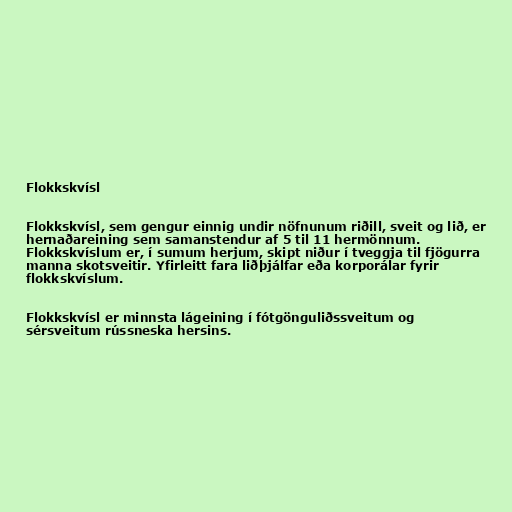
Flokkskvísl

Flokkskvísl, sem gengur einnig undir nöfnunum riðill, sveit og lið, er
hernaðareining sem samanstendur af 5 til 11 hermönnum.
Flokkskvíslum er, í sumum herjum, skipt niður í tveggja til fjögurra
manna skotsveitir. Yfirleitt fara liðþjálfar eða korporálar fyrir
flokkskvíslum.

Flokkskvísl er minnsta lágeining í fótgönguliðssveitum og
sérsveitum rússneska hersins.